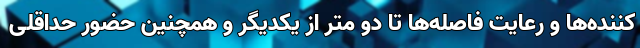
کننده‌ها و رعایت فاصله‌ها تا دو متر از یکدیگر و همچنین حضور حداقلی